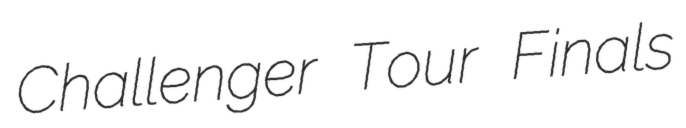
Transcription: Challenger Tour Finals